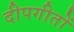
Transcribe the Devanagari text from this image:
दीपगीतों